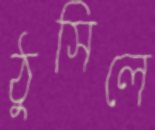
ঠুসিলে